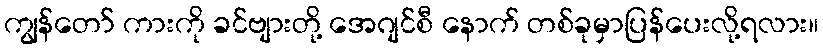
ကျွန်တော် ကားကို ခင်ဗျားတို့ အေဂျင်စီ နောက် တစ်ခုမှာပြန်ပေးလို့ရလား။